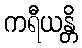
ကရီယန္တိ